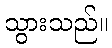
သွားသည်။